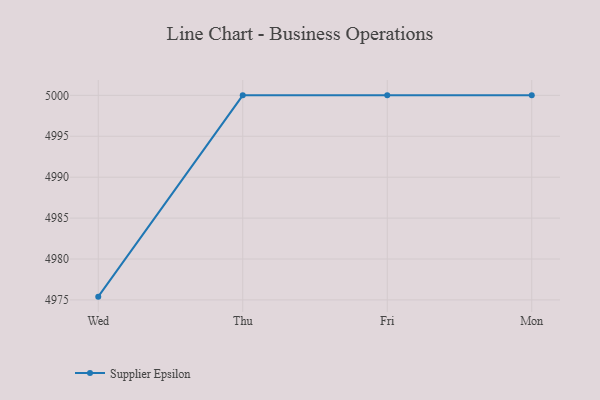
{"axis": {"x": "Day", "y": "Backlog"}, "legend": ["Supplier Epsilon"], "data": [{"x": "Wed", "y": 4975.4, "type": "Supplier Epsilon"}, {"x": "Thu", "y": 5000, "type": "Supplier Epsilon"}, {"x": "Fri", "y": 5000, "type": "Supplier Epsilon"}, {"x": "Mon", "y": 5000, "type": "Supplier Epsilon"}]}